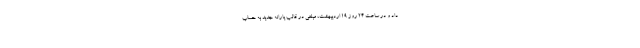
داد و در ساعت ۲۴ روز ۱۹ اردیبهشت، مبلغی در قالب یارانه جدید به حساب